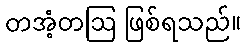
တအံ့တဩ ဖြစ်ရသည်။